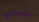
يفاجئني